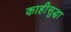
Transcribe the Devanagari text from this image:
काहीसुद्धा